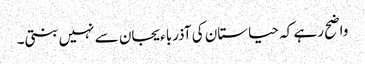
واضح رہے کہ حیاستان کی آذرباءیجان سے نہیں بنتی۔